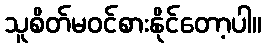
သူစိတ်မဝင်စားနိုင်တော့ပါ။